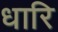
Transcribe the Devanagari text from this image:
धारि